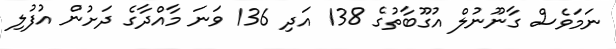
ނަމަވެސް ގާނޫނުލް އުގޫބާތުގެ 138 އަދި 136 ވަނަ މާއްދާގެ ދަށުން އުފުލި